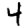
Digit: 4